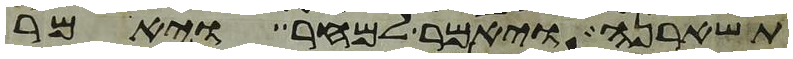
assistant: תשארנה ויאמר למחר ויאמר